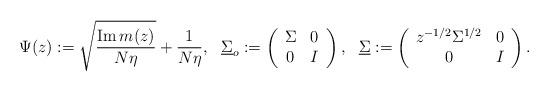
LaTeX: \begin{align*} \Psi(z):=\sqrt{\frac{\operatorname{Im}m(z)}{N \eta}}+\frac{1}{N \eta}, \ \ \underline{\Sigma}_o:=\left( {\begin{array}{*{20}c} {\Sigma} & 0 \\ 0 & {I} \\ \end{array}} \right), \ \ \underline{\Sigma}:=\left( {\begin{array}{*{20}c} {z^{-1/2}\Sigma^{1/2}} & 0 \\ 0 & {I} \\ \end{array}} \right).\end{align*}